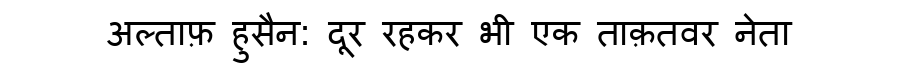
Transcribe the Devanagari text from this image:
अल्ताफ़ हुसैन: दूर रहकर भी एक ताक़तवर नेता